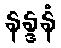
နန္ဒနံ